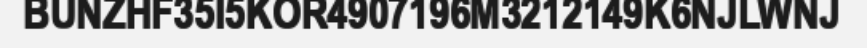
BUNZHF35I5KOR4907196M3212149K6NJLWNJ